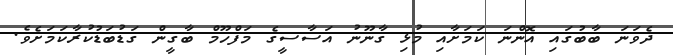
ދެވަނަ ބާބުގައި އޮންނަ ކަމަށާއި މުޅި ގާނޫނު އަސާސީގެ މަފްހޫމް ބާގީން ގަޑުބަޑުކުރާކަމަށެވެ.